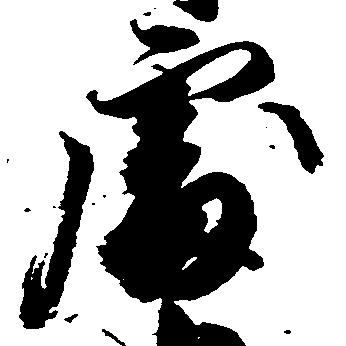
処